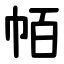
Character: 帞